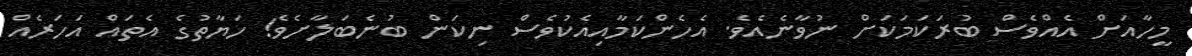
މީހާއަށް އެއްވެސް ބުރަކަމަކަށް ނުވާނެއެވެ. އެހެންކަމާއިއެކުވެސް ނިކަން ބުނެބަލާށެވެ! ހަޔާތުގެ އެތައް އަހަރެއް